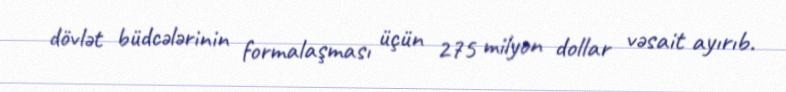
dövlət büdcələrinin formalaşması üçün 275 milyon dollar vəsait ayırıb.